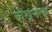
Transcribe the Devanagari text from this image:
लेखनरूप